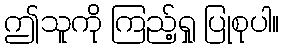
ဤသူကို ကြည့်ရှု ပြုစုပါ။